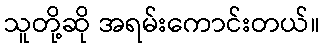
သူတို့ဆို အရမ်းကောင်းတယ်။